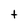
Character: t